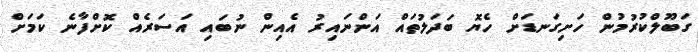
ގަބޫލްކުރުމުން ހަށިގަނޑަށް ހެޔޮ ބަދަލުތައް އަންނައިރު އެއިން ނުބައި އަސަރެއް ކޮށްފާނެ ކަމަށް